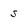
Character: 5